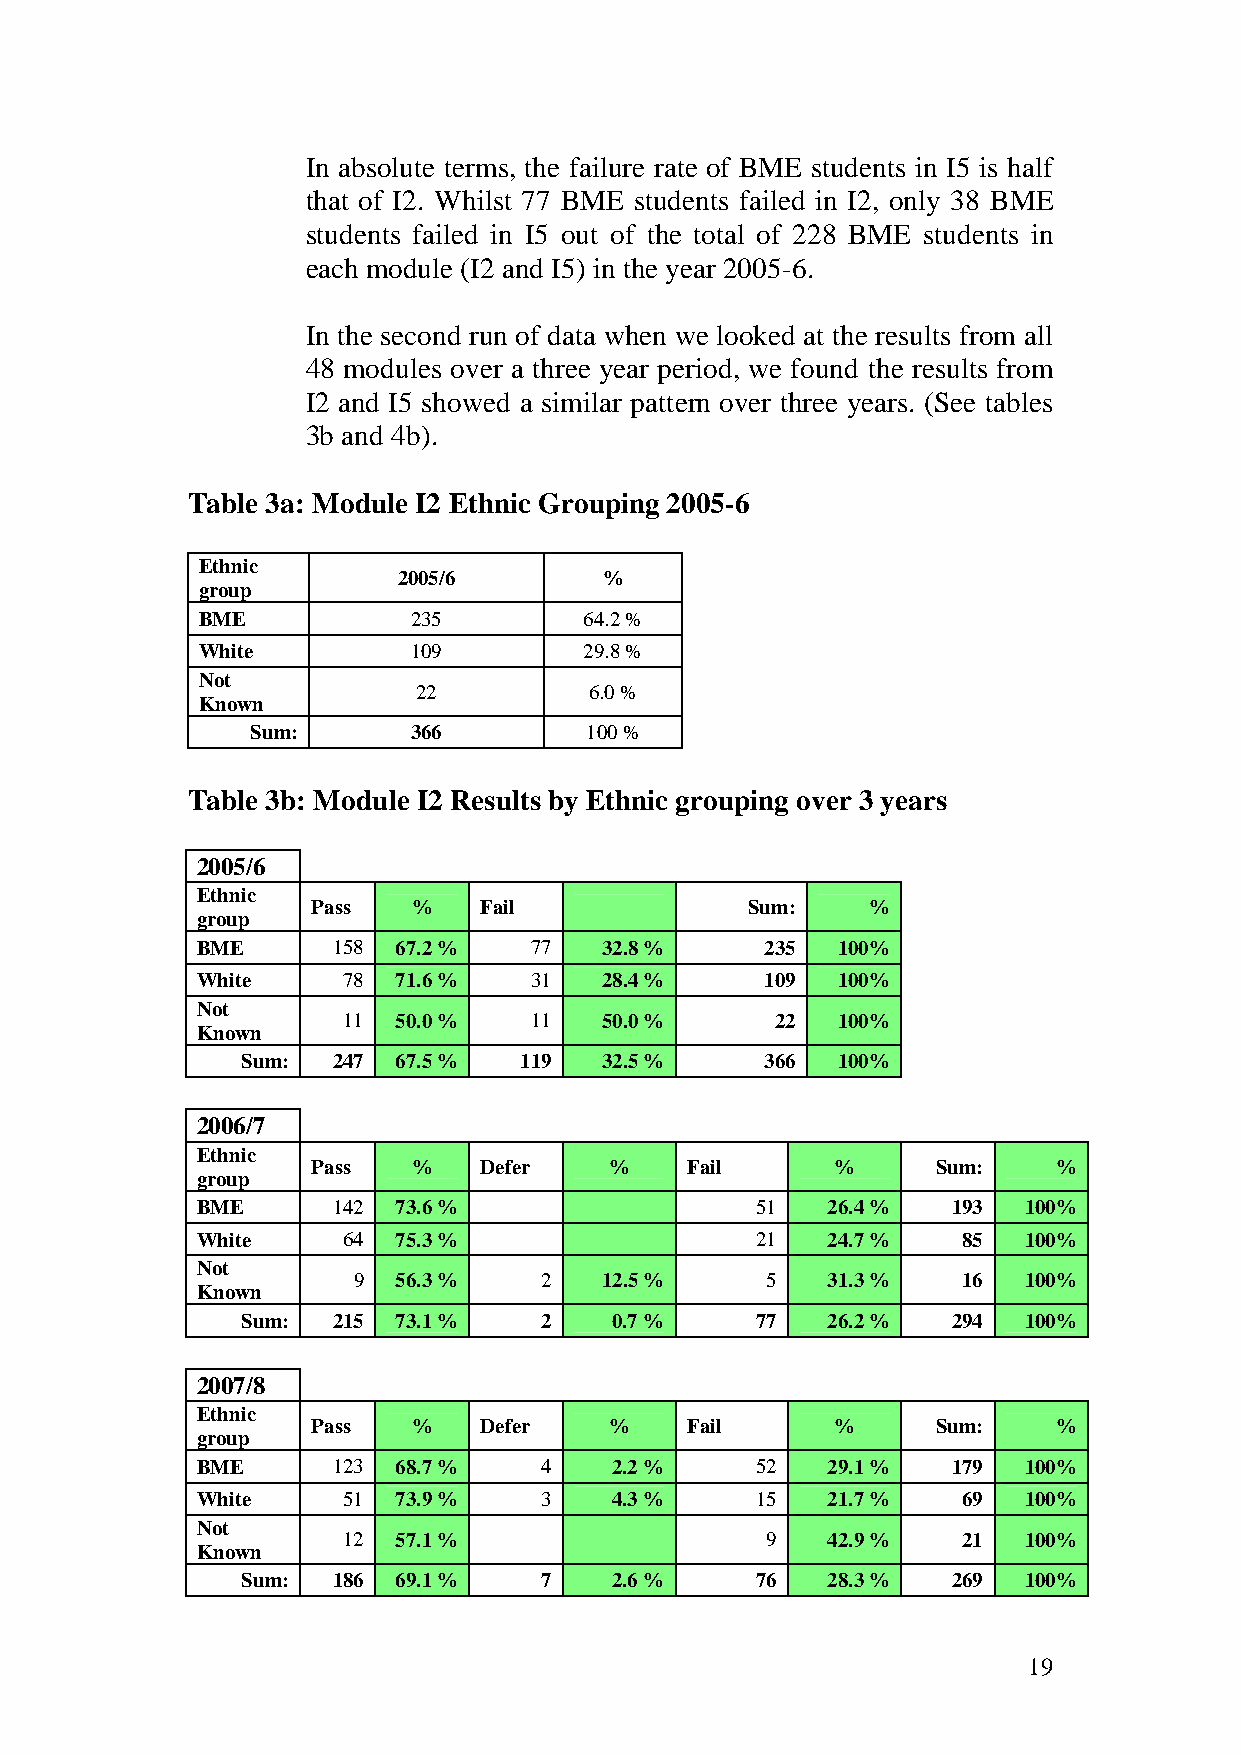
In absolute terms, the failure rate of BME students in I5 is half
 that of I2. Whilst 77 BME students failed in I2, only 38 BME
 students failed in I5 out of the total of 228 BME students in
 each module (I2 and I5) in the year 2005-6.
 In the second run of data when we looked at the results from all
 48 modules over a three year period, we found the results from
 I2 and I5 showed a similar pattern over three years. (See tables
 3b and 4b).
 Table 3a: Module I2 Ethnic Grouping 2005-6
 Ethnic
 2005/6        %
 group
 BME           235         64.2 %
 White         109         29.8 %
 Not
 22         6.0 %
 Known
 Sum:      366         100 %
 Table 3b: Module I2 Results by Ethnic grouping over 3 years
 2005/6
 Ethnic
 Pass  %    Fail             Sum:     %
 group
 BME      158 67.2 %   77   32.8 %     235 100%
 White     78 71.6 %   31   28.4 %     109 100%
 Not
 11 50.0 %   11   50.0 %     22  100%
 Known
 Sum:  247 67.5 %  119   32.5 %     366 100%
 2006/7
 Ethnic
 Pass  %    Defer   %    Fail      %      Sum:    %
 group
 BME      142 73.6 %                  51   26.4 %  193  100%
 White     64 75.3 %                  21   24.7 %   85  100%
 Not
 9  56.3 %    2   12.5 %     5   31.3 %   16  100%
 Known
 Sum:  215 73.1 %    2    0.7 %    77   26.2 %  294  100%
 2007/8
 Ethnic
 Pass  %    Defer   %    Fail      %      Sum:    %
 group
 BME      123 68.7 %    4    2.2 %    52   29.1 %  179  100%
 White     51 73.9 %    3    4.3 %    15   21.7 %   69  100%
 Not
 12 57.1 %                   9   42.9 %   21  100%
 Known
 Sum:  186 69.1 %    7    2.6 %    76   28.3 %  269  100%
 19